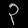
Digit: ၃